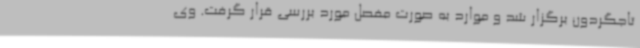
تاجگردون برگزار شد و موارد به صورت مفصل مورد بررسی قرار گرفت. وی